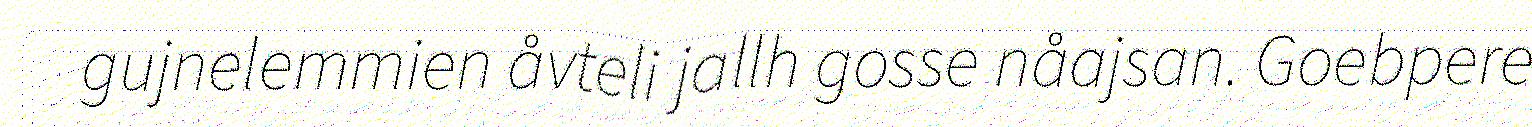
gujnelemmien åvteli jallh gosse nåajsan. Goebpere